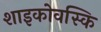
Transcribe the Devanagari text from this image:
शाइकोवस्कि